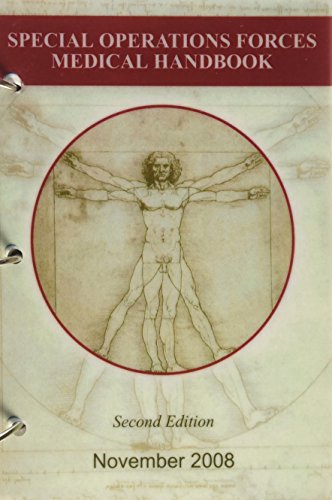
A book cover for Special Operations Forces Medical Handbook, 2nd Edition; Medical Books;